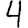
Digit: 4